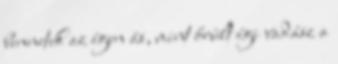
bennetek az égen ás, mint őrült égi vadász a